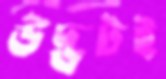
উদ্ভটই